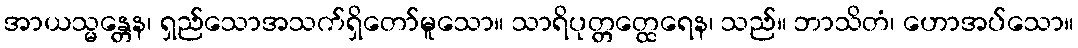
အာယသ္မန္တေန၊ ရှည်သောအသက်ရှိတော်မူသော။ သာရိပုတ္တတ္ထေရေန၊ သည်။ ဘာသိတံ၊ ဟောအပ်သော။